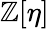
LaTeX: \mathbb{Z}[\eta]